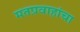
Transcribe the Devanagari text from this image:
मतप्रवाहांचा